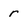
Character: r